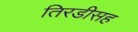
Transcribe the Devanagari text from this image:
तिरडीसह